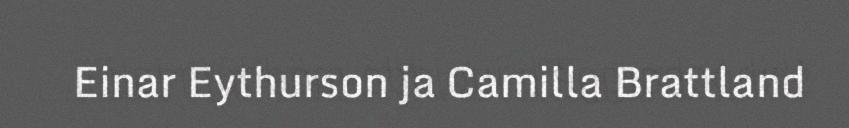
Einar Eythurson ja Camilla Brattland